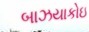
બાઝયાકોઇ